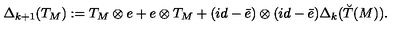
\Delta _ { k + 1 } ( T _ { M } ) : = T _ { M } \otimes e + e \otimes T _ { M } + ( i d - \bar { e } ) \otimes ( i d - \bar { e } ) \Delta _ { k } ( \breve { T } ( M ) ) .